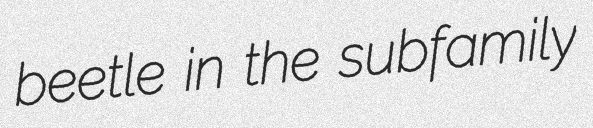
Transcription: beetle in the subfamily